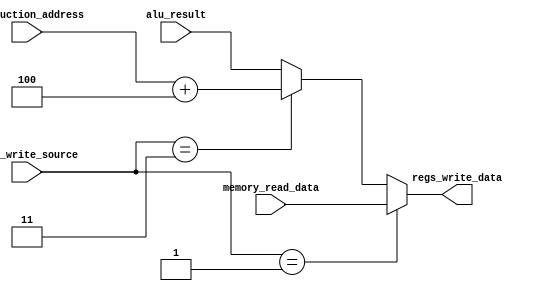
module WriteBack(instruction_address, alu_result, memory_read_data, regs_write_source, regs_write_data);
parameter DataWidth = 32;
parameter AddrWidth = 32;

input [AddrWidth-1:0]instruction_address;
input [DataWidth-1:0]alu_result;
input [DataWidth-1:0]memory_read_data;
input [1:0]regs_write_source;

output reg [DataWidth-1:0]regs_write_data;

always@(*)begin
    if(regs_write_source == 2'd1)
        regs_write_data <= memory_read_data;
    else if(regs_write_source == 2'd3)
        regs_write_data <= instruction_address + 4;
    else 
        regs_write_data <= alu_result;
end

/*
object RegWriteSource{
    val ALUResult = 0.U(2.W)
    val Memory = 1.U(2.W)
    val NextInstructionAddress = 3.U(2.W)
}
*/


endmodule